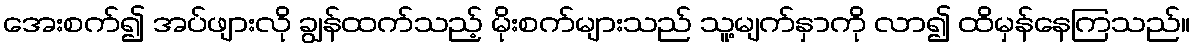
အေးစက်၍ အပ်ဖျားလို ချွန်ထက်သည့် မိုးစက်များသည် သူ့မျက်နှာကို လာ၍ ထိမှန်နေကြသည်။